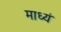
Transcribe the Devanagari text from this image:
माध्यं